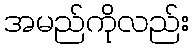
အမည်ကိုလည်း